Lunatic asylums Central Provinces reports 1886-1894 - 1886-1894
Year: 1886
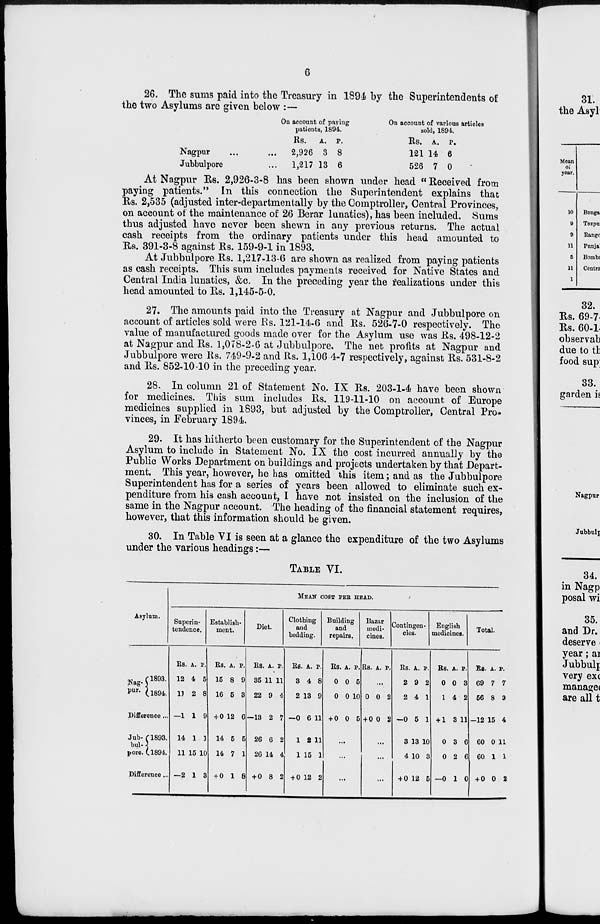
6
26. The sums paid into the Treasury in 1894 by the Superintendents of
the two Asylums are given below :—
Nagpur ... ...
Jubbulpore ...
On account of paying
patients, 1894.
Rs.
2,926
1,217
A.
3
13
P.
8
6
On account of various articles
sold, 1894.
Rs.
121
526
A.
14
7
P.
6
0
At Nagpur Rs. 2,926-3-8 has been shown under head " Received from
paying patients." In this connection the Superintendent explains that
Rs. 2,535 (adjusted inter-departmentally by the Comptroller, Central Provinces,
on account of the maintenance of 26 Berar lunatics), has been included. Sums
thus adjusted have never been shewn in any previous returns. The actual
cash receipts from the ordinary patients under this head amounted to
Rs. 391-3-8 against Rs. 159-9-1 in 1893.
At Jubbulpore Rs. 1,217-13-6 are shown as realized from paying patients
as cash receipts. This sum includes payments received for Native States and
Central India lunatics, &c. In the preceding year the realizations under this
head amounted to Rs. 1,145-5-0.
27. The amounts paid into the Treasury at Nagpur and Jubbulpore on
account of articles sold were Rs. 121-14-6 and Rs. 526-7-0 respectively. The
value of manufactured goods made over for the Asylum use was Rs. 498-12-2
at Nagpur and Rs. 1,078-2-6 at Jubbulpore. The net profits at Nagpur and
Jubbulpore were Rs. 749-9-2 and Rs. 1,106 4-7 respectively, against Rs. 531-8-2
and Rs. 852-10-10 in the preceding year.
28. In column 21 of Statement No. IX Rs. 203-1-4 have been shown
for medicines. This sum includes Rs. 119-11-10 on account of Europe
medicines supplied in 1893, but adjusted by the Comptroller, Central Pro-
vinces, in February 1894.
29. It has hitherto been customary for the Superintendent of the Nagpur
Asylum to include in Statement No. IX the cost incurred annually by the
Public Works Department on buildings and projects undertaken by that Depart-
ment, This year, however, he has omitted this item; and as the Jubbulpore
Superintendent has for a series of years been allowed to eliminate such ex-
penditure from his cash account, I have not insisted on the inclusion of the
same in the Nagpur account. The heading of the financial statement requires,
however, that this information should be given.
30. In Table VI is seen at a glance the expenditure of the two Asylums
under the various headings:—
TABLE VI.
Asylum.
Nag-
pur.
1893.
1894.
Difference ...
Jub-
bul-
pore.
1893.
1894.
Difference..
MEAN COST PER HEAD.
Superin-
tendence.
Rs.
12
11
—1
14
11
—2
A.
4
2
1
1
15
1
P.
5
8
9
1
1C
3
Establish-
ment.
Rs.
15
16
+ 0
14
14
+ 0
A.
8
5
12
5
7
1
P.
9
3
6
6
1
8
Diet.
Rs.
35
22
—13
26
26
+ 0
A.
11
9
2
6
14
8
P.
11
4
7
2
4
2
Clothing
and
bedding.
Rs.
3
2
—0
1
1
+ 0
A.
4
13
6
2
15
12
P.
8
9
11
11
1
2
Building
and
repairs.
Rs.
0
0
+ 0
A.
0
0
0
P.
5
10
5
...
...
...
Bazar
medi-
cines.
Rs. A.
P.
...
0
+ 0
0
0
2
2
...
...
...
Contingen-
cies.
Rs.
2
2
—0
3
4
+ 0
A.
9
4
5
13
10
12
P.
2
1
1
10
3
5
English
medicines.
Rs.
0
1
+ 1
0
0
—0
A.
0
4
3
3
2
1
P.
3
2
11
6
6
0
Total.
Rs.
69
56
—12
60
60
+ 0
A.
7
8
15
0
1
0
P.
7
3
4
11
1
2